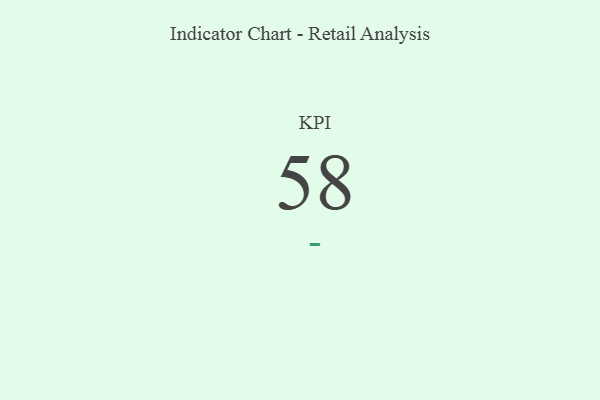
{"axis": {"x": "KPI", "y": "Value"}, "legend": [""], "data": [{"x": "KPI", "y": 58, "type": ""}]}